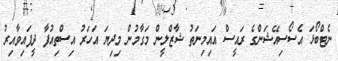
ނެޓްބޯޅަ އެސޯސިއޭޝަންގެ ރައީސް އައިމިނަތު ޝާޒްލީން މަގާމުން މިދިޔަ އަހަރު އިސްތިއުފާ ދީފައިވާއިރު